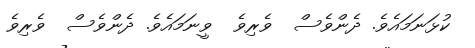
ކުޅަނަމައެވެ. ދެންވެސް  ވެރިވެ  ވީނަމައެވެ. ދެންވެސް  ވެރިވެ